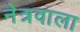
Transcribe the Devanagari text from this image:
नेत्रवाला